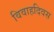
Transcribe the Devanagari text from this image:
विवाहदिवस